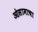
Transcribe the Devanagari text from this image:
ओसामाचा